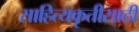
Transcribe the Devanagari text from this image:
साहित्यकृतीसाठी